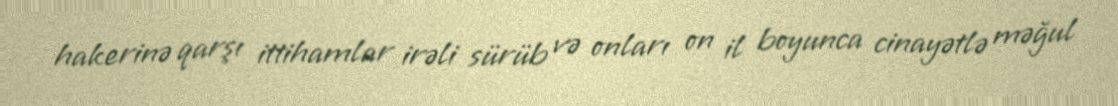
hakerinə qarşı ittihamlar irəli sürüb və onları on il boyunca cinayətlə məğul